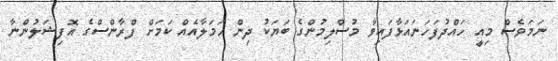
ނަމަވެސް މިއީ ހައްދުފަހަނައަޅާފައިވާ މުސްލިމުންގެ ބަޔަކު ދިން ހަމަލާއެއް ކަމަށް ފްރާންސްގެ އޮފިޝަލުންނާ